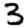
Digit: 3